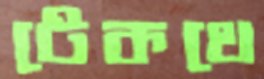
টেকথে